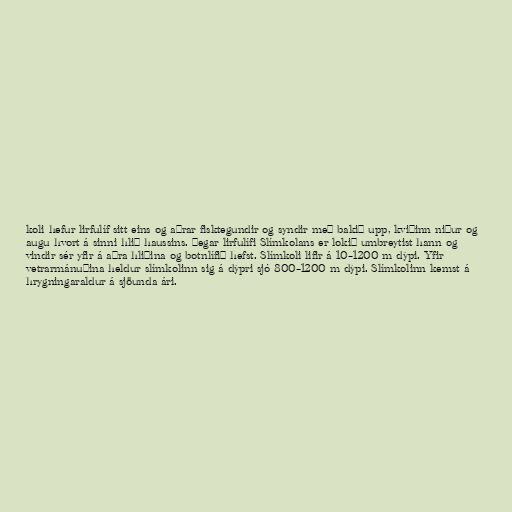
koli hefur lirfulíf sitt eins og aðrar fisktegundir og syndir með bakið upp, kviðinn niður og
augu hvort á sinni hlið haussins. Þegar lirfulífi Slímkolans er lokið umbreytist hann og
vindir sér yfir á aðra hliðina og botnlífið hefst. Slímkoli lifir á 10–1200 m dýpi. Yfir
vetrarmánuðina heldur slímkolinn sig á dýpri sjó 800–1200 m dýpi. Slímkolinn kemst á
hrygningaraldur á sjöunda ári.